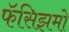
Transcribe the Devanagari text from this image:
फॅसिझमो